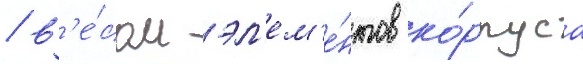
/ в'е́сом эл'ем'е́нтов ко́рпуса